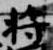
将